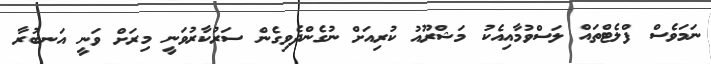
ނަމަވެސް ފްލެޓްތައް ލަސްވުމާއިއެކު މަޝްރޫއު ކުރިއަށް ނުގެންދެވިގެން ސަރުކާރުވަނީ މިރަށް ވަނީ އަނބުރާ